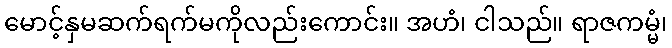
မောင့်နှမဆက်ရက်မကိုလည်းကောင်း။ အဟံ၊ ငါသည်။ ရာဇကမ္မံ၊